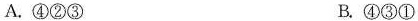
A.④②③ B.④③①